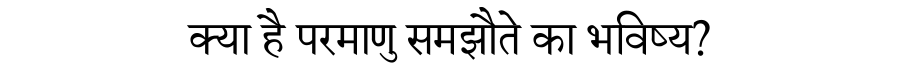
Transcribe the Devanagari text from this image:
क्या है परमाणु समझौते का भविष्य?